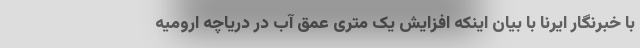
با خبرنگار ایرنا با بیان اینکه افزایش یک متری عمق آب در دریاچه ارومیه